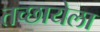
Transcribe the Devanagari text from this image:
तच्छायेला